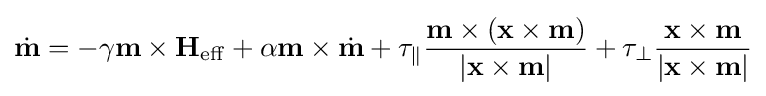
{\dot {\mathbf {m} }}=-\gamma \mathbf {m} \times \mathbf {H} _{\mathrm {eff} }+\alpha \mathbf {m} \times {\dot {\mathbf {m} }}+\tau _{\parallel }{\frac {\mathbf {m} \times (\mathbf {x} \times \mathbf {m} )}{\left|\mathbf {x} \times \mathbf {m} \right|}}+\tau _{\perp }{\frac {\mathbf {x} \times \mathbf {m} }{\left|\mathbf {x} \times \mathbf {m} \right|}}